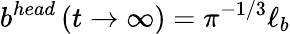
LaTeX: b^{head}\left(t\to\infty\right)=\pi^{-1/3}\ell_{b}